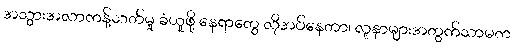
အသွားအလာကန့်သတ်မှု ခံယူဖို့ နေရာတွေ လိုအပ်နေတာ၊ လူနာများအတွက်သာမက